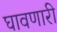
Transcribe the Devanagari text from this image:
घावणारी